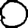
Digit: 0